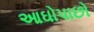
આઘોપાછો